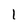
Character: 1